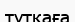
тұтқаға